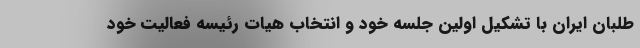
طلبان ایران با تشکیل اولین جلسه خود و انتخاب هیات رئیسه فعالیت خود